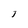
Character: J